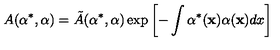
A ( \alpha ^ { * } , \alpha ) = \tilde { A } ( \alpha ^ { * } , \alpha ) \exp \left[ - \int \alpha ^ { * } ( { \bf x } ) \alpha ( { \bf x } ) d x \right]